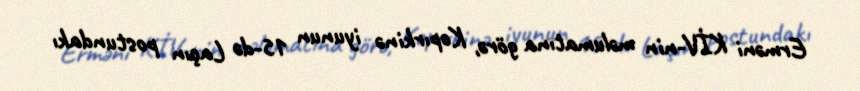
Erməni KİV-nin məlumatına görə, Kopırkinə iyunun 15-də Laçın postundakı